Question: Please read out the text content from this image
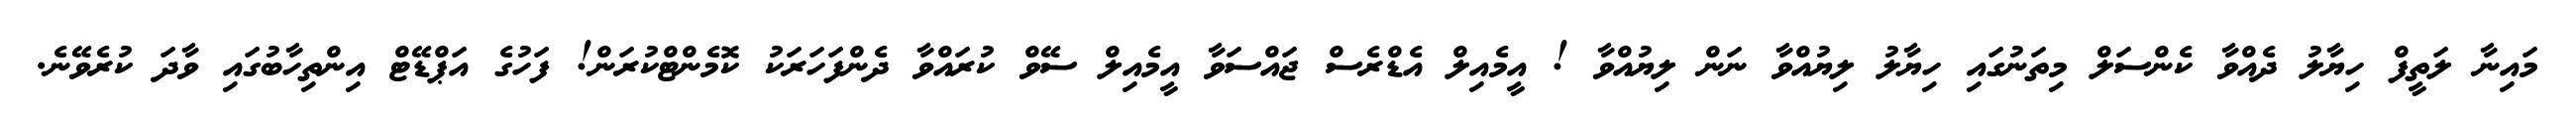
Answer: މައިނާ ލަތީފް ހިޔާލު ދެއްވާ ކެންސަލް މިތަނުގައި ހިޔާލު ލިޔުއްވާ ނަން ލިޔުއްވާ ! އީމެއިލް އެޑްރެސް ޖައްސަވާ އީމެއިލް ސޭވް ކުރައްވާ ދެންފަހަރަކު ކޮމެންޓްކުރަން! ފަހުގެ އަޕްޑޭޓް އިންތިހާބުގައި ވާދަ ކުރެވޭނެ.